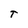
Character: T